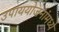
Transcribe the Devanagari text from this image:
उपाययोजनांमध्ये